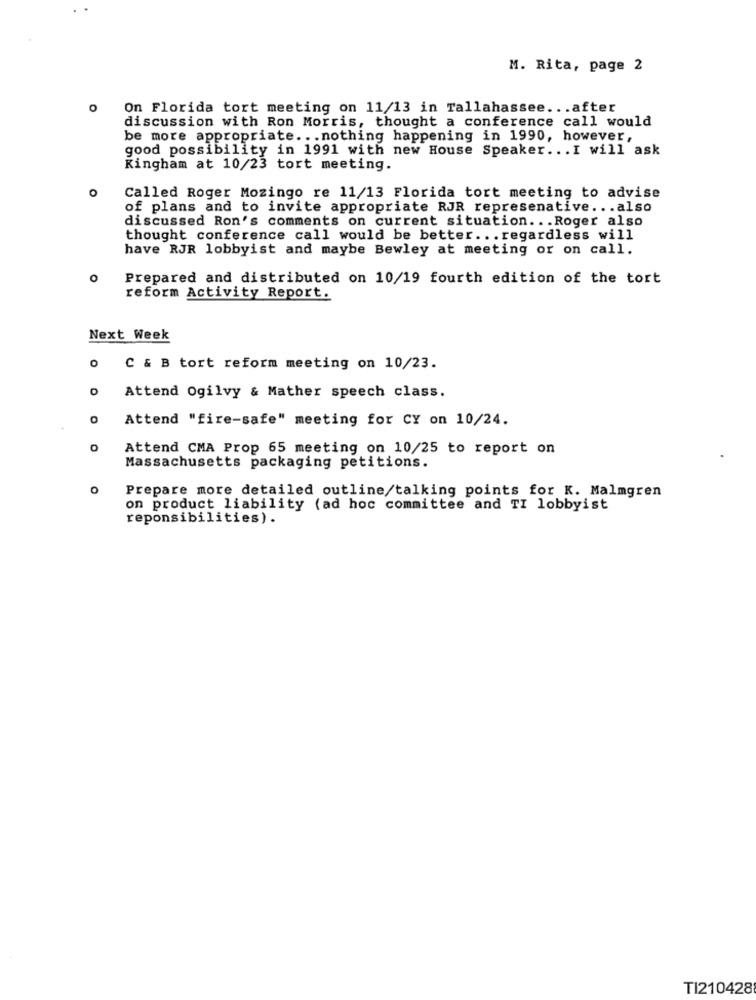
M. Rita, page 2
On Florida tort meeting on 11/13 in Tallahassee ... after
discussion with Ron Morris, thought a conference call would
be more appropriate ... nothing happening in 1990, however,
good possibility in 1991 with new House Speaker .. . I will ask
Kingham at 10/23 tort meeting.
0
Called Roger Mozingo re 11/13 Florida tort meeting to advise
of plans and to invite appropriate RJR represenative ... also
discussed Ron's comments on current situation ... Roger also
thought conference call would be better ... regardless will
have RJR lobbyist and maybe Bewley at meeting or on call.
Prepared and distributed on 10/19 fourth edition of the tort
reform Activity Report.
Next Week
C & B tort reform meeting on 10/23.
Attend Ogilvy & Mather speech class.
0
Attend "fire-safe" meeting for CY on 10/24.
Attend CMA Prop 65 meeting on 10/25 to report on
Massachusetts packaging petitions.
Prepare more detailed outline/talking points for K. Malmgren
on product liability (ad hoc committee and TI lobbyist
reponsibilities).
TI210428